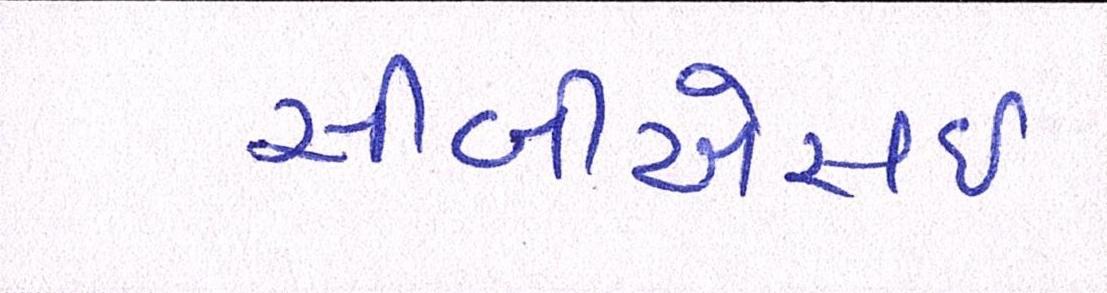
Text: સીબીએસઇ